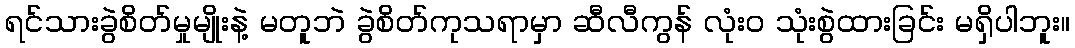
ရင်သားခွဲစိတ်မှုမျိုးနဲ့ မတူဘဲ ခွဲစိတ်ကုသရာမှာ ဆီလီကွန် လုံးဝ သုံးစွဲထားခြင်း မရှိပါဘူး။